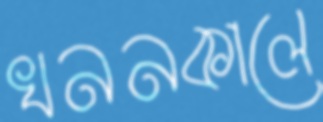
খননকালে